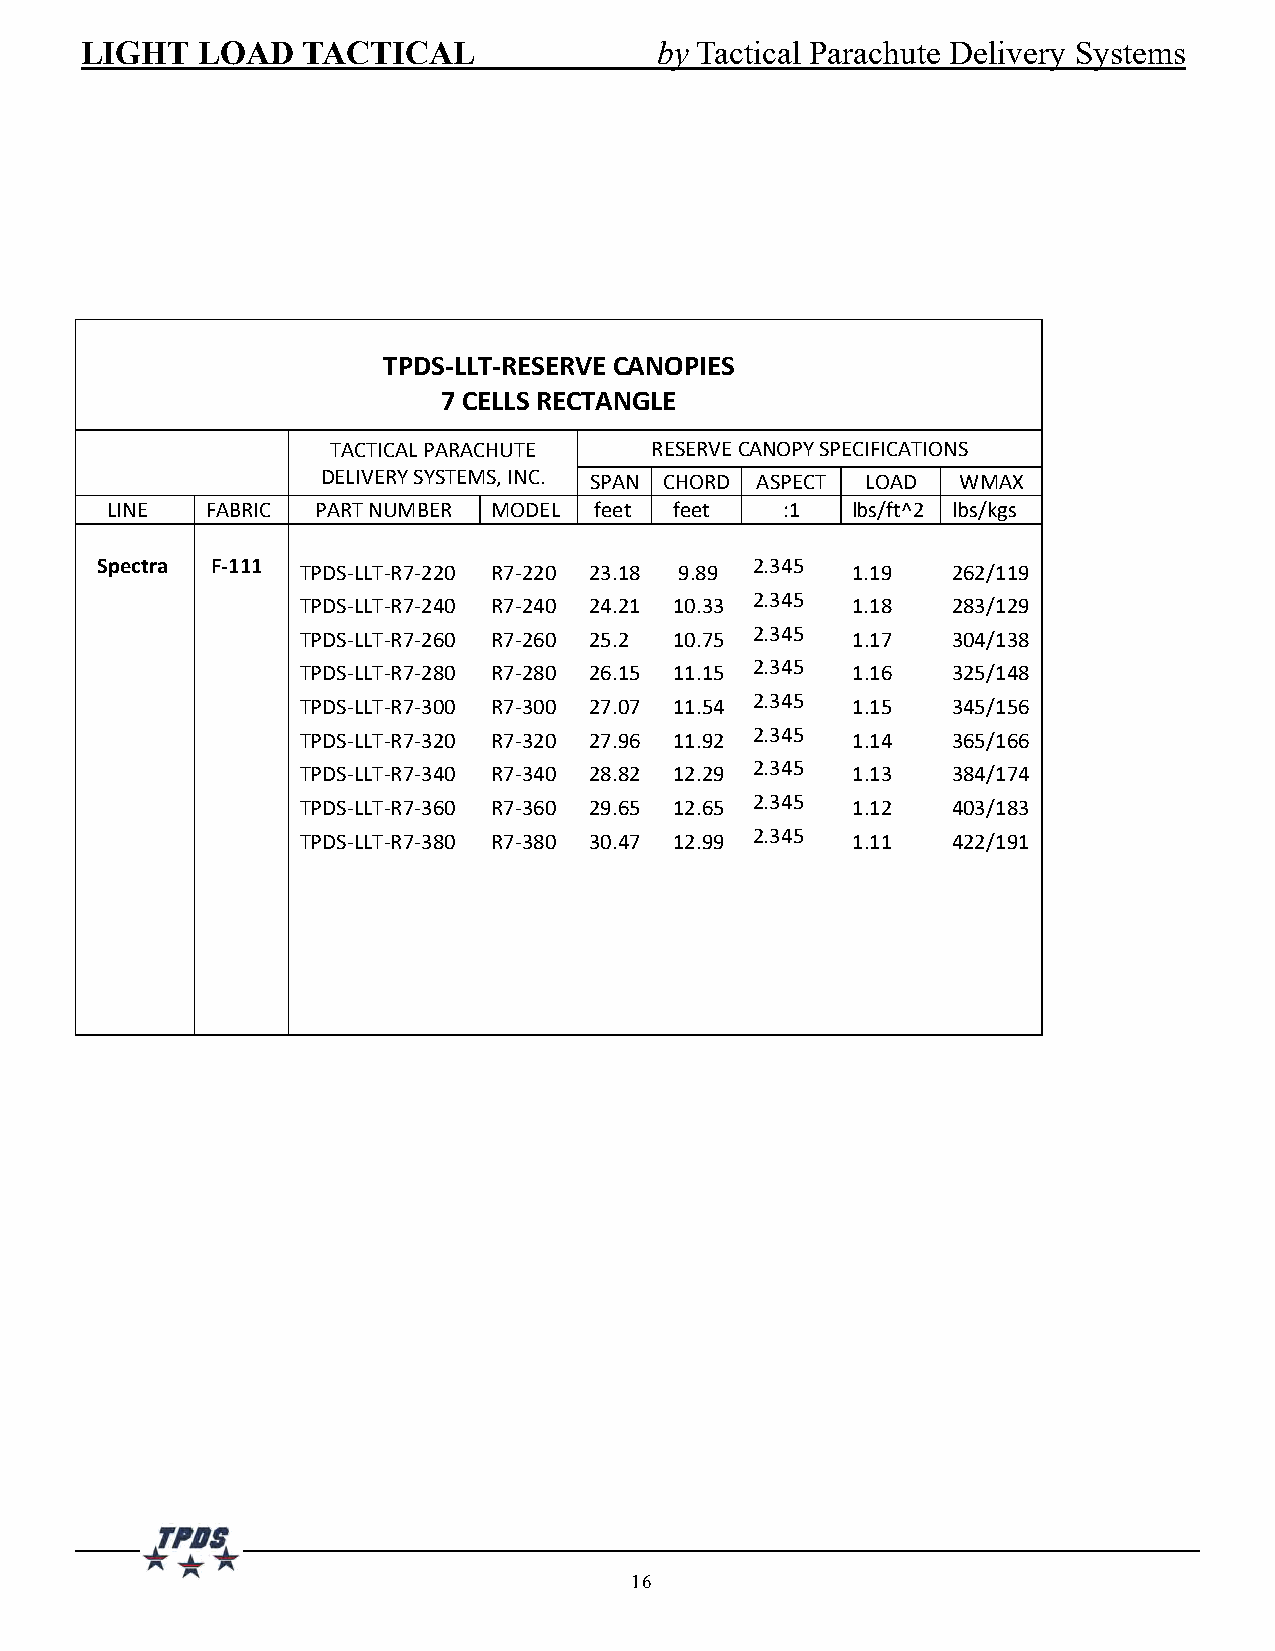
LIGHT   LOAD   TACTICAL               by Tactical Parachute Delivery Systems
 TPDS-LLT-RESERVE CANOPIES
 7 CELLS RECTANGLE
 TACTICAL PARACHUTE   RESERVE CANOPY SPECIFICATIONS
 DELIVERY SYSTEMS, INC. SPAN CHORD ASPECT LOAD WMAX
 LINE   FABRIC PART NUMBER MODEL feet  feet   :1  lbs/ft^2 lbs/kgs
 Spectra F-111 TPDS-LLT-R7-220 R7-220 23.18 9.89 2.345 1.19 262/119
 TPDS-LLT-R7-240 R7-240 24.21 10.33 2.345 1.18 283/129
 TPDS-LLT-R7-260 R7-260 25.2 10.75 2.345 1.17 304/138
 TPDS-LLT-R7-280 R7-280 26.15 11.15 2.345 1.16 325/148
 TPDS-LLT-R7-300 R7-300 27.07 11.54 2.345 1.15 345/156
 TPDS-LLT-R7-320 R7-320 27.96 11.92 2.345 1.14 365/166
 TPDS-LLT-R7-340 R7-340 28.82 12.29 2.345 1.13 384/174
 TPDS-LLT-R7-360 R7-360 29.65 12.65 2.345 1.12 403/183
 TPDS-LLT-R7-380 R7-380 30.47 12.99 2.345 1.11 422/191
 16